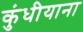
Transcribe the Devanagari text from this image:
कुंधीयाना